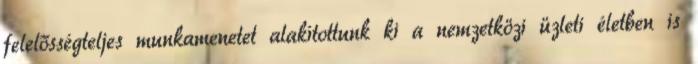
felelősségteljes munkamenetet alakítottunk ki a nemzetközi üzleti életben is